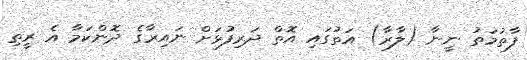
ފާތުމަތު ނީނާ (ލާރާ) އަތުގައި އޮތް ދަރިފުޅަށް ނައިރާގެ ދޮންކަމާ އެ ރީތި